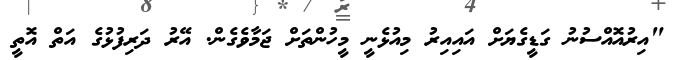
"އިރުއޮއްސުނު ގަޑީގެޔަށް އައިއިރު މިއުޅެނީ މީހުންތަށް ޖަމާވެގެން. އޭރު ދަރިފުޅުގެ އަތް އޮތީ